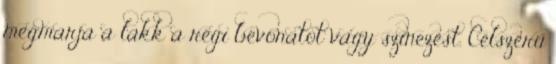
megmarja a lakk a régi bevonatot vagy színezést. Célszerű